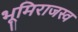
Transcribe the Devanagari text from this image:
भूमिराजस्व